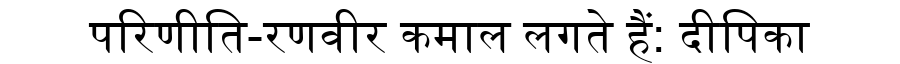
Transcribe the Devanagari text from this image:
परिणीति-रणवीर कमाल लगते हैं: दीपिका